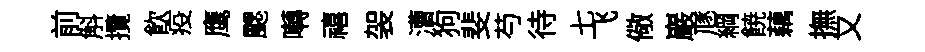
前斛攬飲疫鹰颸囀禧袈漕狗斐芍待七飞儆巖豗綱𩜙藕撫又